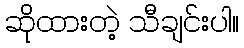
ဆိုထားတဲ့ သီချင်းပါ။